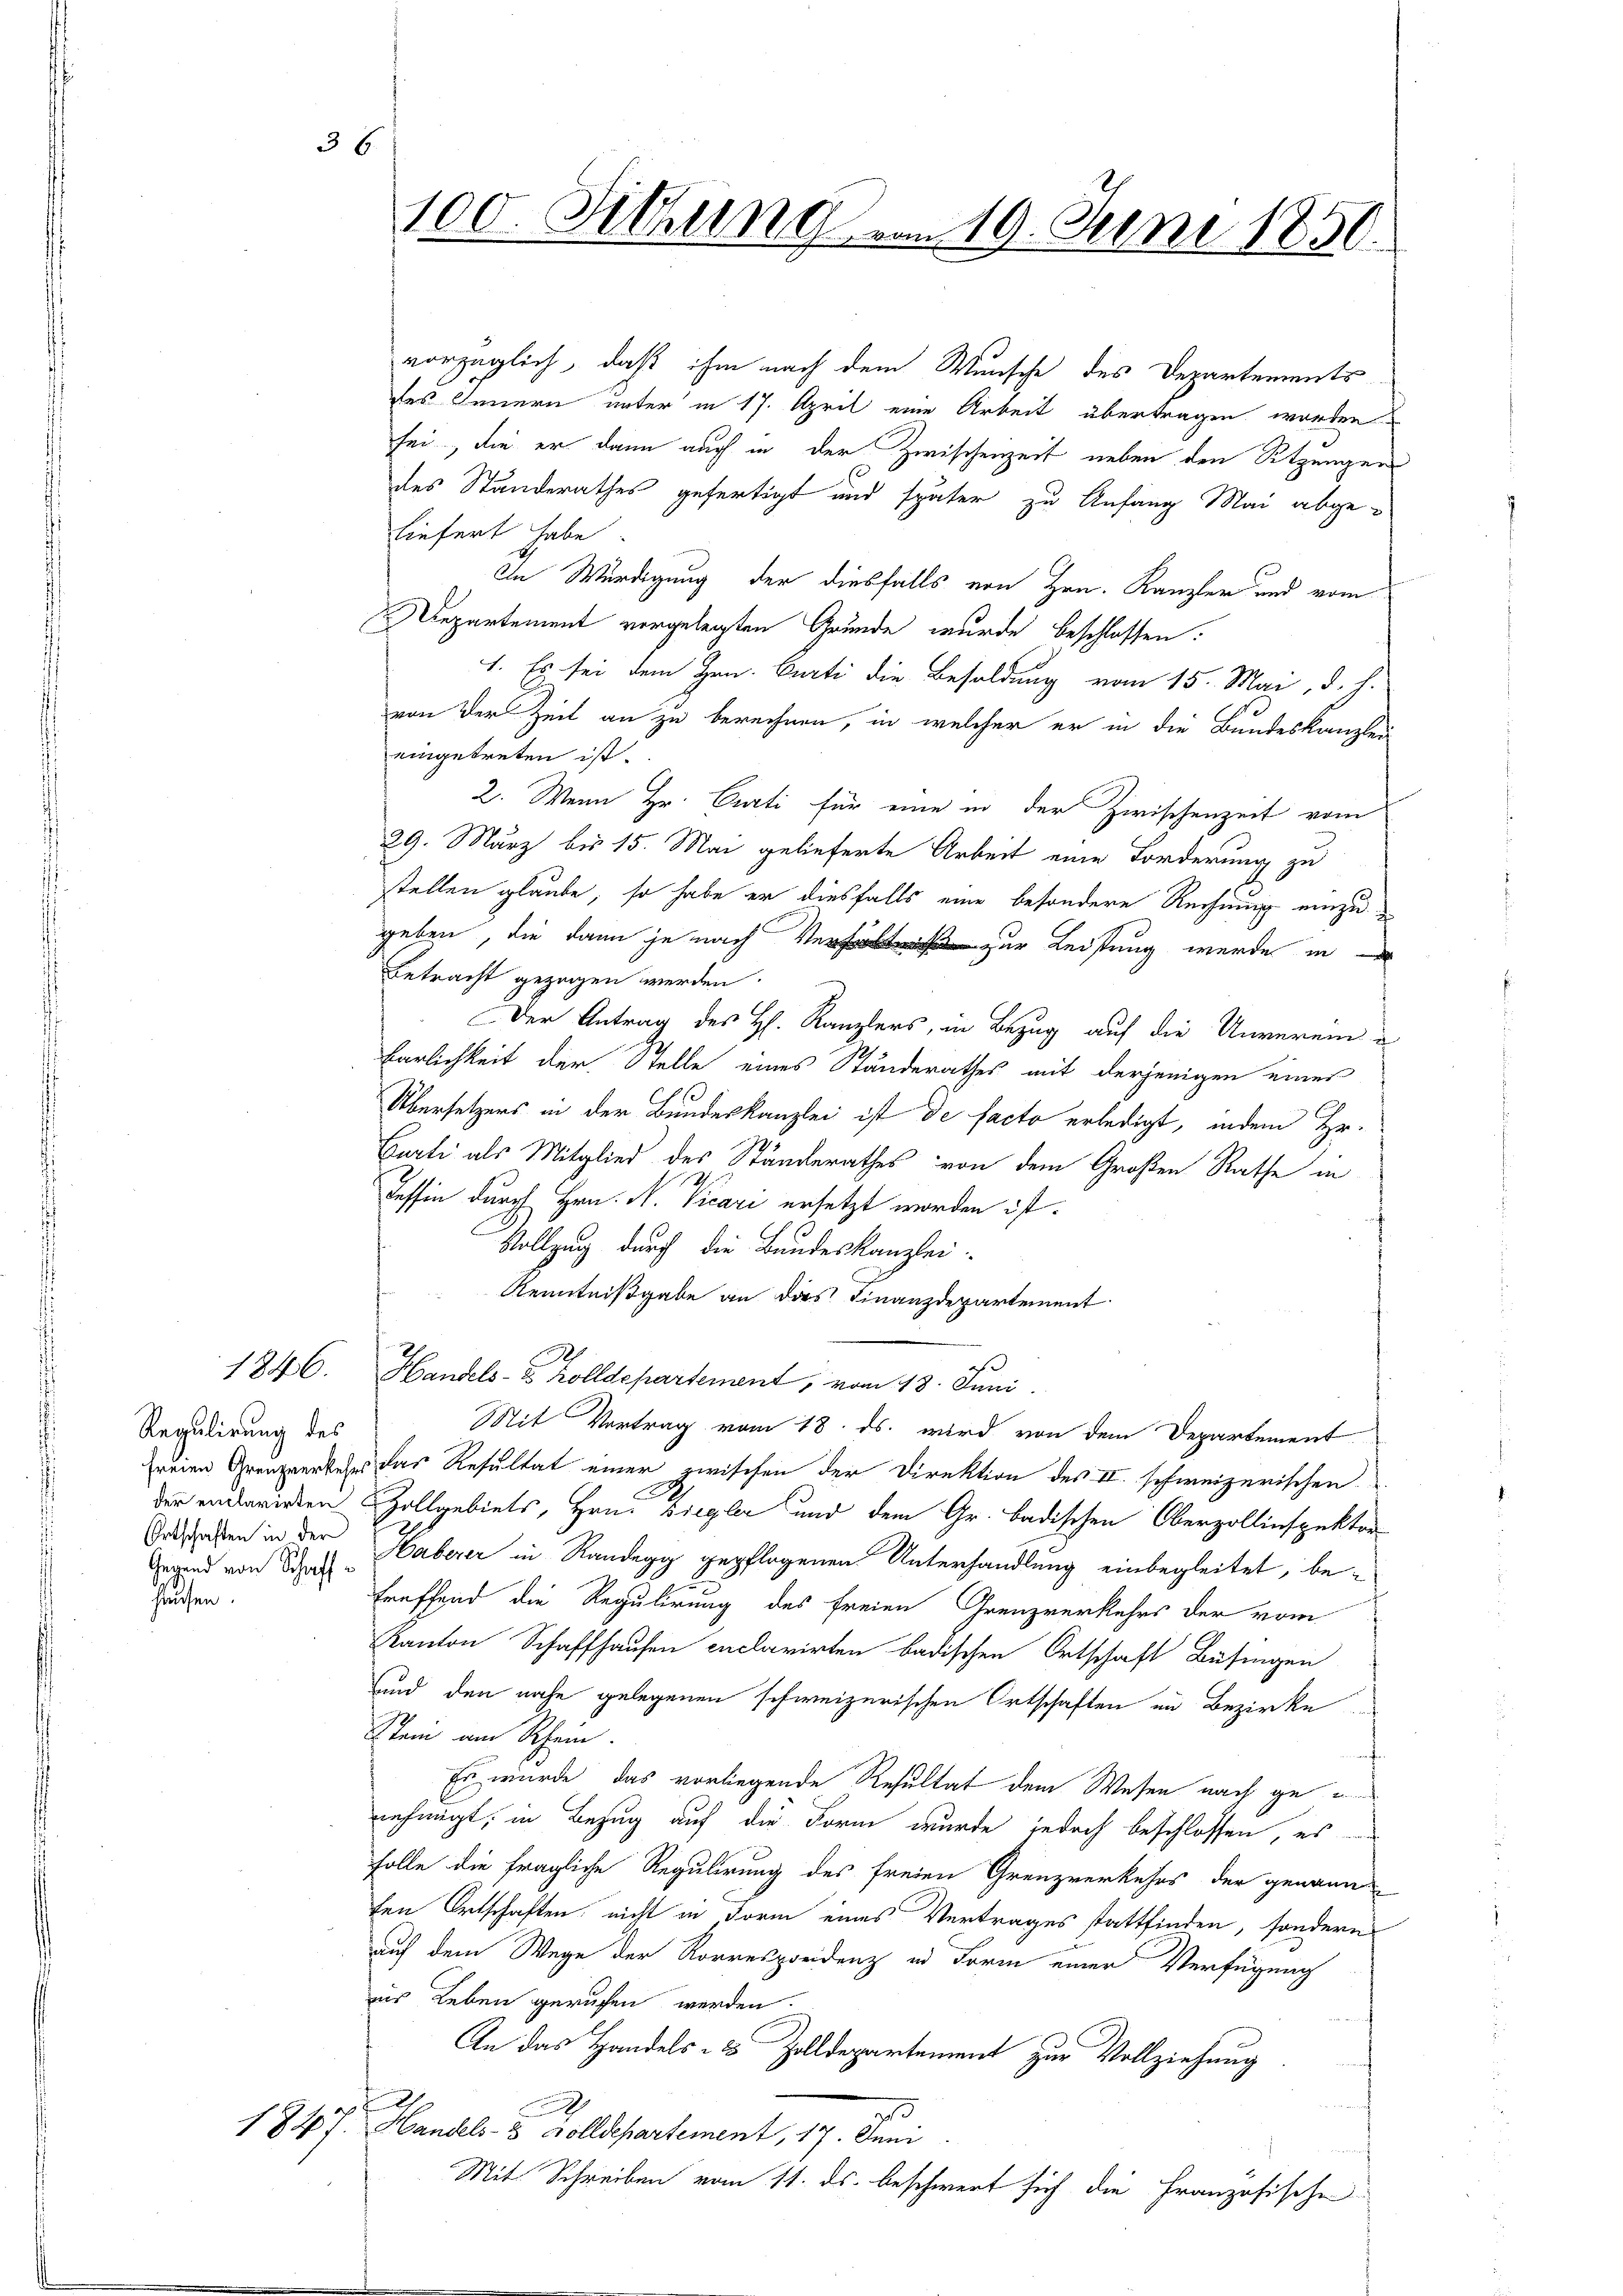
36

Regulirung des
Ortschaften in der
Gegend von Schaffhausen.

1846.

vorzüglich, daß ihm nach dem Wunsche des Departements
des Innern unter in 17. April eine Arbeit übertragen worden
sei, die er dann auch in der Zwischenzeit neben den Sitzungen
des Standerathes gefertigt und später zu Anfang Mai abgeliefert habe
In Würdigung der diesfalls von Hrn. Kanzler und vom
Departement vorgelegten Grunde wurde beschlossen:
1. Es sei dem Hrn. Curti die Besoldung vom 15. Mai, d. h.
von der Zeit an zu berechnen, in welcher er in die Bundeskanzlei
eingetreten ist.
2. Wenn Hr. Curti für eine in der Zwischenzeit vom
29. März bis 15. Mai gelieferte Arbeit eine Forderung zu
stellen glaube, so habe er diesfalls eine besondere Rechnung einzu
geben, die dann je nach Verhält zur Leistung werde in
Betracht gezogen werden.
Der Antrag des H. Kanzlers, in Bezug auf die Unverein¬
Färlichkeit der Stelle eines Standerathes mit derjenigen einer
Übersetzers in der Bundeskanzlei ist de facto erledigt, indem Hr.
Curti als Mitglied des Ständerathes von dem Großen Rathe in
dessin durch Hrn. N. Vicari ersetzt worden ist.
Vollzung durch die Bandeskanzlei-
Kenntnißgabe an das Finanzdepartement
1
Handels- & Zolldepartement, vom 18. Juni
Mit Vortrag vom 18. ds. wird von dem Departement
freien Grenzverkehrs das Resultat einer zwischen der Direktion des II. schweizerischen
der erbarirten Zollgebiets, Hrn. Diegler und dem Gr. badischen Oberzollinspektor
Haberer in Randegg gepflogenen Unterhandlung einbegleitet, betreffend die Regulirung des freien Grenzverkehrs der vom
Kanton Schaffhausen enclarirten badischen Ortschaft Büfingen
und den nahe gelegenen schweizerischen Ortschaften in Bezirke
Stein am Rhein.
t
Es wurde das vorliegende Resultat dem Wesen nach genehmigt, in Bezug auf die Form wurde jedoch beschlossen, es
Folle die fragliche Regulirung des freien Grenzverkehrs der genann
ten Ortschaften nicht in Form eines Vertrages stattfinden, sondern
auf dem Wege der Korrespreidenz in Form einer Verfügung
iis Leben gerufen werden.
An das Handels- & Zolldepartement zur Vollziehung
a
1847. Handels- u Volldepartement, 17. Juni
Mit Schreiben vom 11. ds. beschwert sich die Französische

100. Sitzung vom 19. Juni 1850.